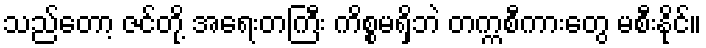
သည်တော့ ဇင်တို့ အရေးတကြီး ကိစ္စမရှိဘဲ တက္ကစီကားတွေ မစီးနိုင်။